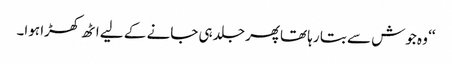
‘‘ وہ جوش سے بتا رہا تھاپھر جلد ہی جانے کے لیے اٹھ کھڑا ہوا۔